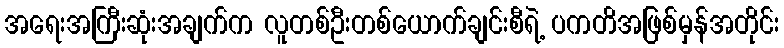
အရေးအကြီးဆုံးအချက်က လူတစ်ဦးတစ်ယောက်ချင်းစီရဲ့ ပကတိအဖြစ်မှန်အတိုင်း